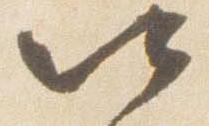
以